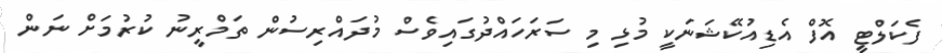
ފެކަލްޓީ އޮފް އެޑިއުކޭޝަނަކީ މުޅި މި ސަރަހައްދުގައިވެސް މުދައްރިސުން ތަމްރީނު ކުރުމަށް ނަން